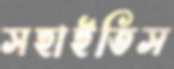
সহাইতিস